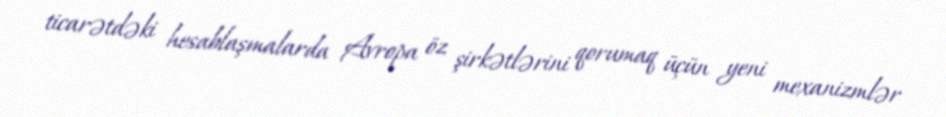
ticarətdəki hesablaşmalarda Avropa öz şirkətlərini qorumaq üçün yeni mexanizmlər